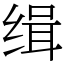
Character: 缉